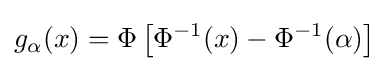
g_{\alpha }(x)=\Phi \left[\Phi ^{-1}(x)-\Phi ^{-1}(\alpha )\right]